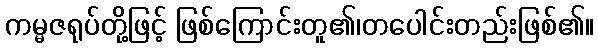
ကမ္မဇရုပ်တို့ဖြင့် ဖြစ်ကြောင်းတူ၏၊တပေါင်းတည်းဖြစ်၏။